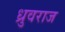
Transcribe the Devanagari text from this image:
ध्रुवराज